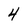
Character: 4